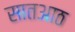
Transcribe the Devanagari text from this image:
सातआठ